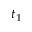
t _ { 1 }